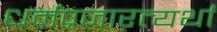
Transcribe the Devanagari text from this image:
धर्मप्रजारत्यर्थां